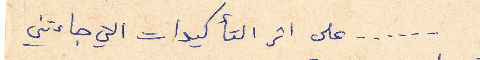
......على اثر التأكيدات التي جاءتني